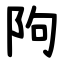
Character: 䧁